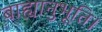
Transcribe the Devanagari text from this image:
बाह्यानुभूति।